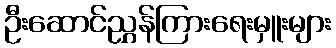
ဦးဆောင်ညွှန်ကြားရေးမှူးများ